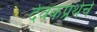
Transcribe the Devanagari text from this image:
देवकप्रथेचे